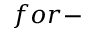
f o r -